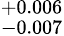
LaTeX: ^{+0.006}_{-0.007}